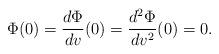
LaTeX: \begin{align*} \Phi(0)=\frac{d\Phi}{dv}(0)=\frac{d^2\Phi}{dv^2}(0)=0.\end{align*}